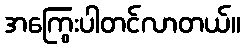
အကြွေးပါတင်လာတယ်။